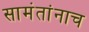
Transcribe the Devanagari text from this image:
सामंतांनाच